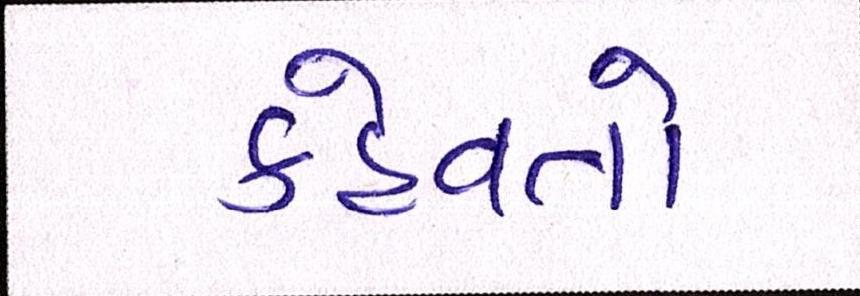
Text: કહેવતો